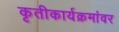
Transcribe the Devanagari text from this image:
कृतीकार्यक्रमांवर